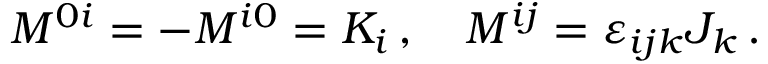
M ^ { 0 i } = - M ^ { i 0 } = K _ { i } \, , \quad M ^ { i j } = \varepsilon _ { i j k } J _ { k } \, .